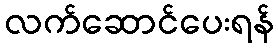
လက်ဆောင်ပေးရန်